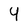
Character: 4